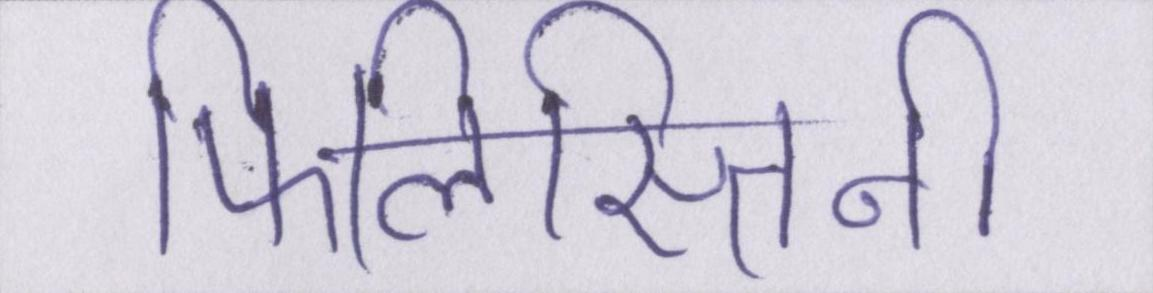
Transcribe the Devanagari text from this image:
फिलिस्तिनी